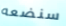
سنضعه